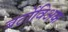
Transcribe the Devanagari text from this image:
बर्टोविअक